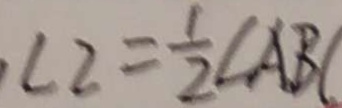
\angle 2 = \frac { 1 } { 2 } \angle A B C